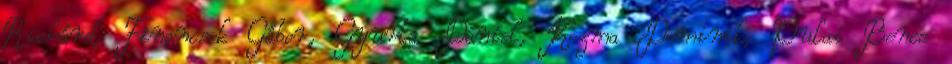
Richárd, Financsek Gábor, Gyurta Dániel, Kozma Dominik, Pulai Bence